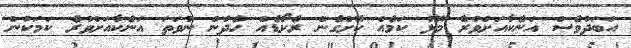
އަބަދުވެސް އަނެކާއަށްވުރެ މޮޅު ކަމެއް ކޮށްގެން ރެކޯޑެއް ހެދުން ނުވަތަ އަނެކާއަށްވުރެ ކަމަކުން